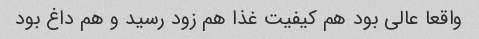
واقعا عالی بود هم کیفیت غذا هم زود رسید و هم داغ بود